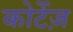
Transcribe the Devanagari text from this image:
कोर्टेज़